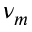
\nu _ { m }